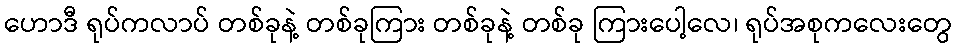
ဟောဒီ ရုပ်ကလာပ် တစ်ခုနဲ့ တစ်ခုကြား တစ်ခုနဲ့ တစ်ခု ကြားပေါ့လေ၊ ရုပ်အစုကလေးတွေ